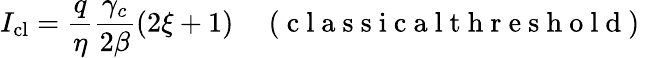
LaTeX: I_{\mathrm{cl}}=\frac{q}{\eta}\frac{\gamma_{c}}{2\beta}\left(2\xi+1\right)\quad\mathrm{~(~c~l~a~s~s~i~c~a~l~t~h~r~e~s~h~o~l~d~)~}